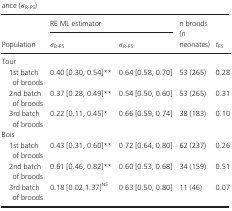
| <ROWSPAN=2> Population | <COLSPAN=2> RE ML estimator | <ROWSPAN=2> n broods (n neonates) | <ROWSPAN=2> tFS |
 | σB‐FS | σR‐FS |
 | --- | --- | --- | --- | --- |
 | <COLSPAN=5> Tour |
 | 1st batch of broods | 0.40 [0.30, 0.54]** | 0.64 [0.58, 0.70] | 53 (265) | 0.28 |
 | 2nd batch of broods | 0.37 [0.28, 0.49]** | 0.54 [0.50, 0.60] | 53 (265) | 0.31 |
 | 3rd batch of broods | 0.22 [0.11, 0.45]* | 0.66 [0.59, 0.74] | 38 (183) | 0.10 |
 | <COLSPAN=5> Bois |
 | 1st batch of broods | 0.43 [0.31, 0.60]** | 0.72 [0.64, 0.80] | 62 (237) | 0.26 |
 | 2nd batch of broods | 0.61 [0.46, 0.82]** | 0.60 [0.53, 0.68] | 34 (159) | 0.51 |
 | 3rd batch of broods | 0.18 [0.02,1.37]NS | 0.63 [0.50, 0.80] | 11 (46) | 0.07 |